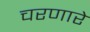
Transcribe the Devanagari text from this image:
चरणारे